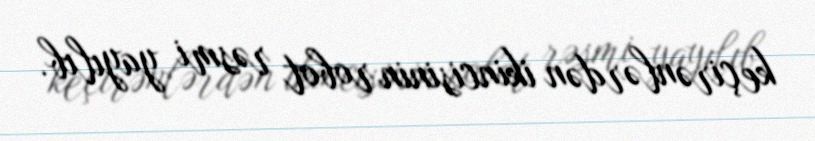
keçirənlərdən ikincisinin robot rəsmi yayılıb.